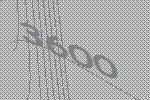
3600